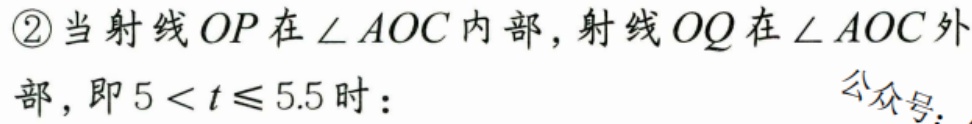
\textcircled{2}当射线$OP$在$\angle AOC$内部，射线$OQ$在$\angle AOC$外\\
部，即$5 < t \leq 5.5$时： 公众号：